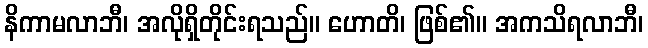
နိကာမလာဘီ၊ အလိုရှိတိုင်းရသည်။ ဟောတိ၊ ဖြစ်၏။ အကသိရလာဘီ၊